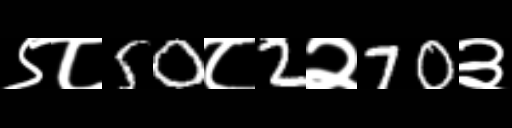
Text: ९८50८2२70३